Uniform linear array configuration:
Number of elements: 64
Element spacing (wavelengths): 1
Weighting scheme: kaiser
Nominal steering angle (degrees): -30
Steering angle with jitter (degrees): -28.741
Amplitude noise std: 0.05
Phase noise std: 0.05

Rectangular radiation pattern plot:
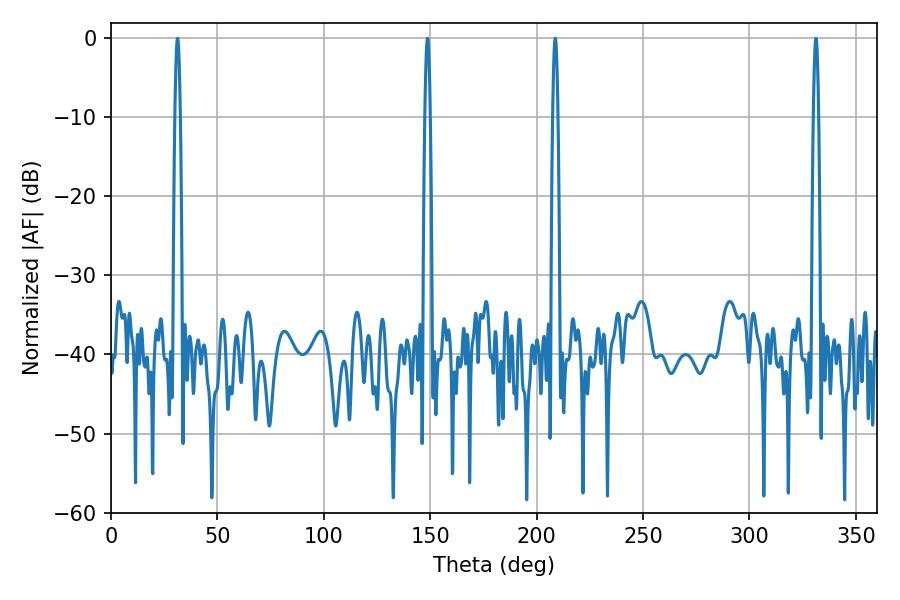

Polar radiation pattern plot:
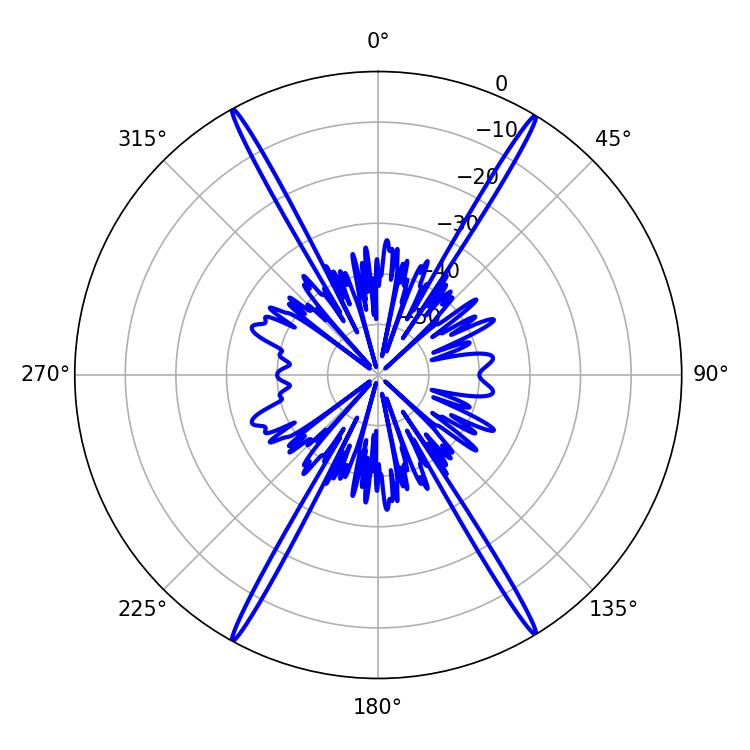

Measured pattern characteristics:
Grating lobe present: TRUE
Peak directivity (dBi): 28.782
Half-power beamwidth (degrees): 1.26
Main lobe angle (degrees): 331.2